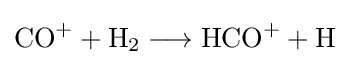
{\mathrm {CO} {\vphantom {A}}^{+}{}+{}\mathrm {H} {\vphantom {A}}_{\smash[{t}]{2}}{}\mathrel {\longrightarrow } {}\mathrm {HCO} {\vphantom {A}}^{+}{}+{}\mathrm {H} }